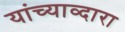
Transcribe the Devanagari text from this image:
यांच्याव्दारा